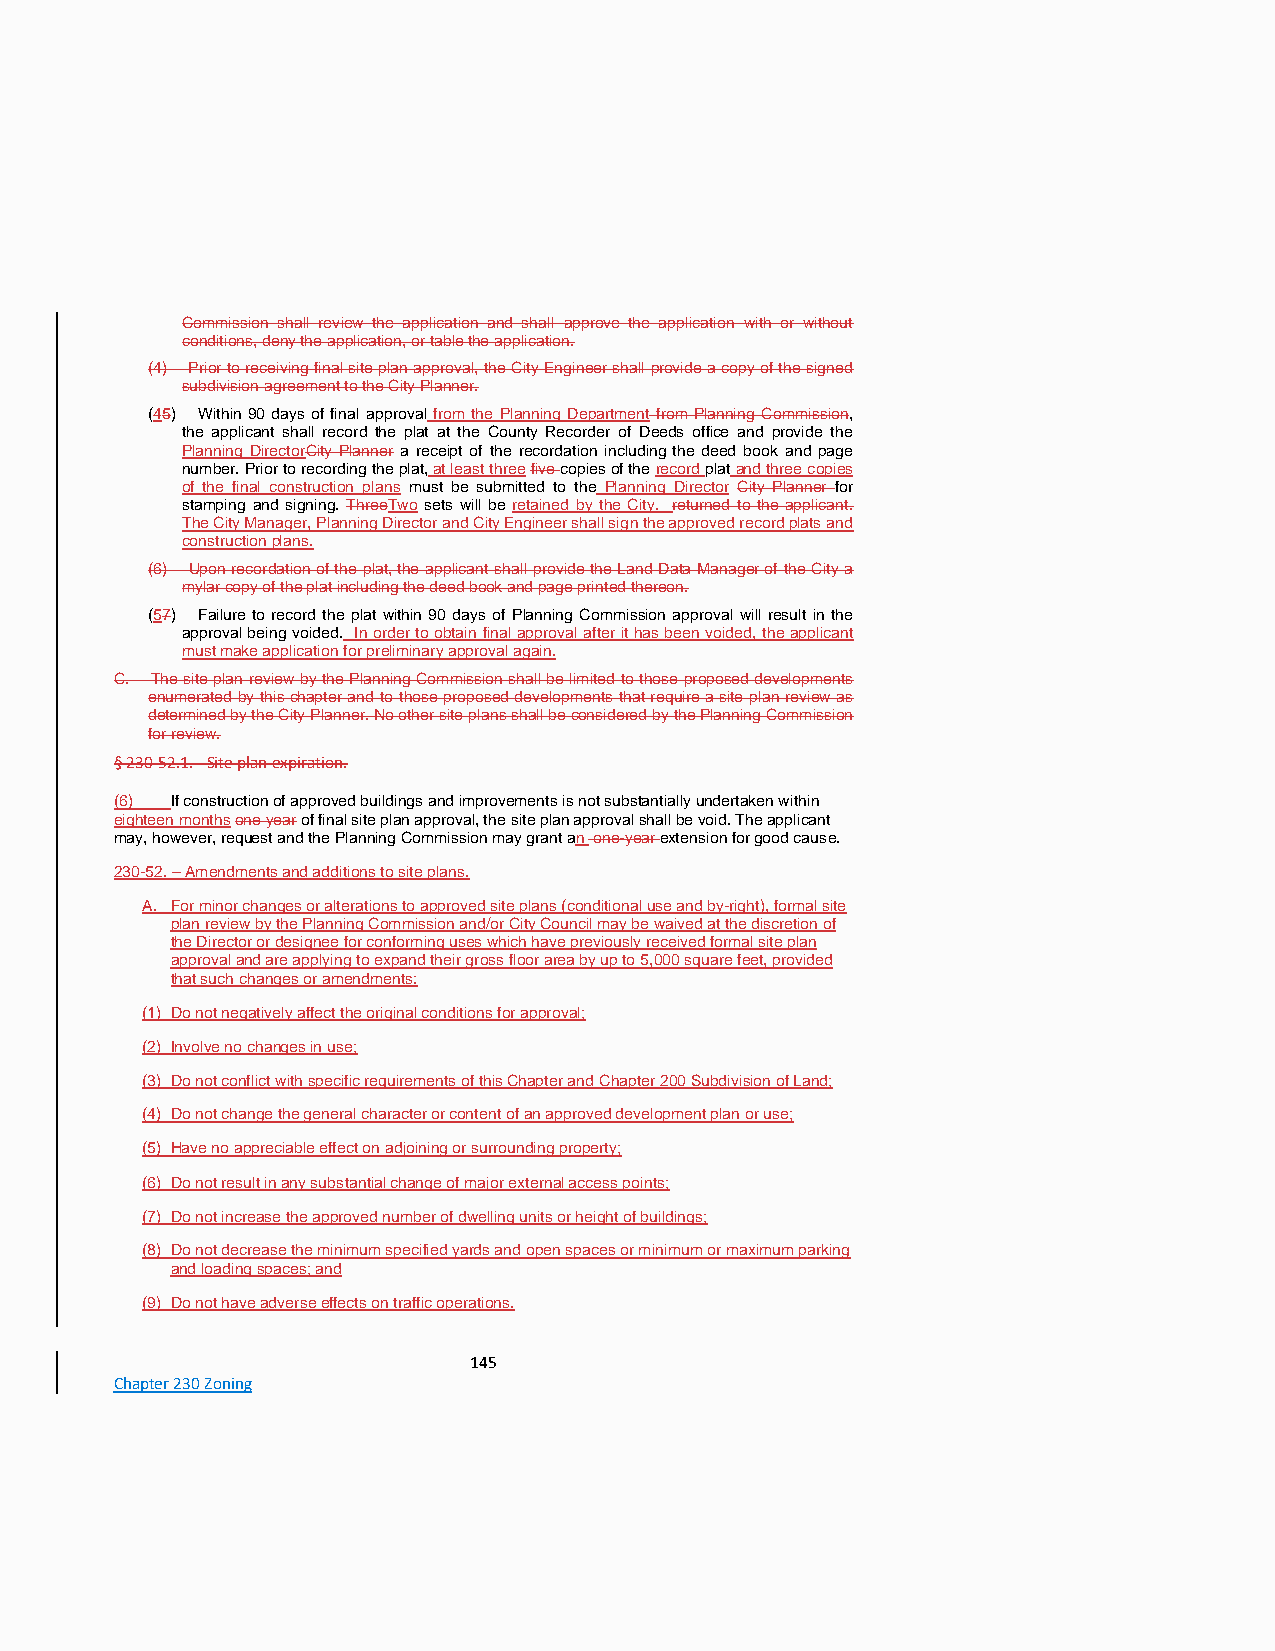
Commission shall review the application and shall approve the application with or without
 conditions, deny the application, or table the application.
 (4) Prior to receiving final site plan approval, the City Engineer shall provide a copy of the signed
 subdivision agreement to the City Planner.
 (45) Within 90 days of final approval from the Planning Department from Planning Commission,
 the applicant shall record the plat at the County Recorder of Deeds office and provide the
 Planning DirectorCity Planner a receipt of the recordation including the deed book and page
 number. Prior to recording the plat, at least three five copies of the record plat and three copies
 of the final construction plans must be submitted to the Planning Director City Planner for
 stamping and signing. ThreeTwo sets will be retained by the City. returned to the applicant.
 The City Manager, Planning Director and City Engineer shall sign the approved record plats and
 construction plans.
 (6) Upon recordation of the plat, the applicant shall provide the Land Data Manager of the City a
 mylar copy of the plat including the deed book and page printed thereon.
 (57) Failure to record the plat within 90 days of Planning Commission approval will result in the
 approval being voided. In order to obtain final approval after it has been voided, the applicant
 must make application for preliminary approval again.
 C. The site plan review by the Planning Commission shall be limited to those proposed developments
 enumerated by this chapter and to those proposed developments that require a site plan review as
 determined by the City Planner. No other site plans shall be considered by the Planning Commission
 for review.
 § 230-52.1. - Site plan expiration.
 (6) If construction of approved buildings and improvements is not substantially undertaken within
 eighteen months one year of final site plan approval, the site plan approval shall be void. The applicant
 may, however, request and the Planning Commission may grant an one-year extension for good cause.
 230-52. – Amendments and additions to site plans.
 A. For minor changes or alterations to approved site plans (conditional use and by-right), formal site
 plan review by the Planning Commission and/or City Council may be waived at the discretion of
 the Director or designee for conforming uses which have previously received formal site plan
 approval and are applying to expand their gross floor area by up to 5,000 square feet, provided
 that such changes or amendments:
 (1) Do not negatively affect the original conditions for approval;
 (2) Involve no changes in use;
 (3) Do not conflict with specific requirements of this Chapter and Chapter 200 Subdivision of Land;
 (4) Do not change the general character or content of an approved development plan or use;
 (5) Have no appreciable effect on adjoining or surrounding property;
 (6) Do not result in any substantial change of major external access points;
 (7) Do not increase the approved number of dwelling units or height of buildings;
 (8) Do not decrease the minimum specified yards and open spaces or minimum or maximum parking
 and loading spaces; and
 (9) Do not have adverse effects on traffic operations.
 145
 Chapter 230 Zoning